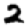
Digit: 2